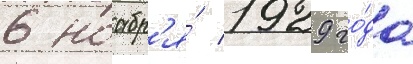
6 ноабр'я́ 1929 го́да